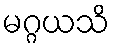
မဂ္ဂယသိ